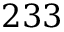
2 3 3